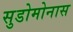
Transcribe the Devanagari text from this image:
सुडोमोनास